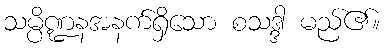
သမ္ပိဏ္ဍနအနက်ရှိသော စသဒ္ဒါ မည်၏။